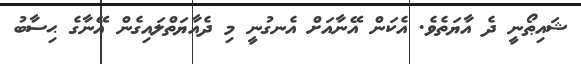
ޝައިޠޯނީ ދެ އާޔަތެވެ. އެކަން އޭނާއަށް އެނގުނީ މި ދެއާޔަތްލައިގެން އޭނާގެ ޙިސާބު